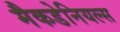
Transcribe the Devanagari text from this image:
मैकडेनियल्स